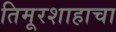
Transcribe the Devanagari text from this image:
तिमूरशाहाचा